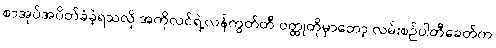
စာအုပ်အပိတ်ခံခဲ့ရသလို အကိုလင်ရဲ့လန်ကွတ်တီ ဝတ္ထုတိုမှာတော့ လမ်းစဉ်ပါတီခေတ်က